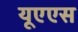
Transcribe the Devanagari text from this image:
यूएएस